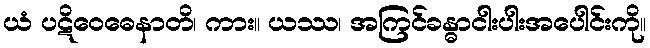
ယံ ပဋိဝေဓေနာတိ၊ ကား။ ယဿ၊ အကြင်ခန္ဓာငါးပါးအပေါင်းကို။